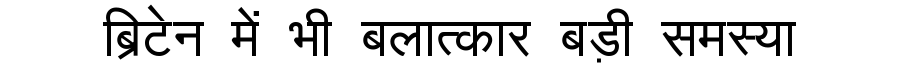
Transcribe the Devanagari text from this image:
ब्रिटेन में भी बलात्कार बड़ी समस्या